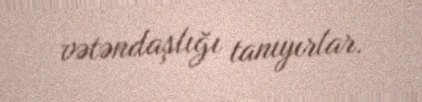
vətəndaşlığı tanıyırlar.